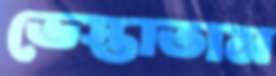
ভেস্তাতাম